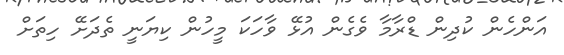
އަންހެން ކުދިން ޑްރާމާ ވެގެން އުޅޭ ވާހަކަ މީހުން ކިޔަނީ ތެދަށޭ ހިތަށް